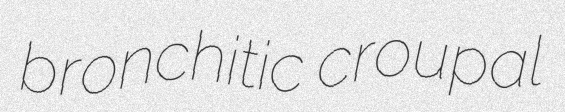
bronchitic croupal